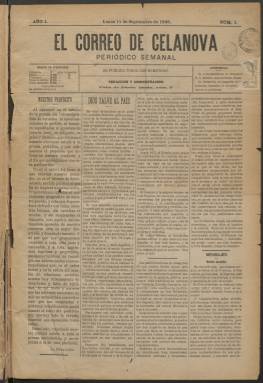
Título: El Correo de Celanova
Colección: Periódicos
Ámbito geográfico: Orense
Lugar de publicación: Orense
Fechas: 01/09/1893-12/05/1895